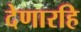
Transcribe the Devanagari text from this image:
देणारहि